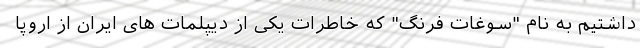
داشتیم به نام "سوغات فرنگ" که خاطرات یکی از دیپلمات های ایران از اروپا